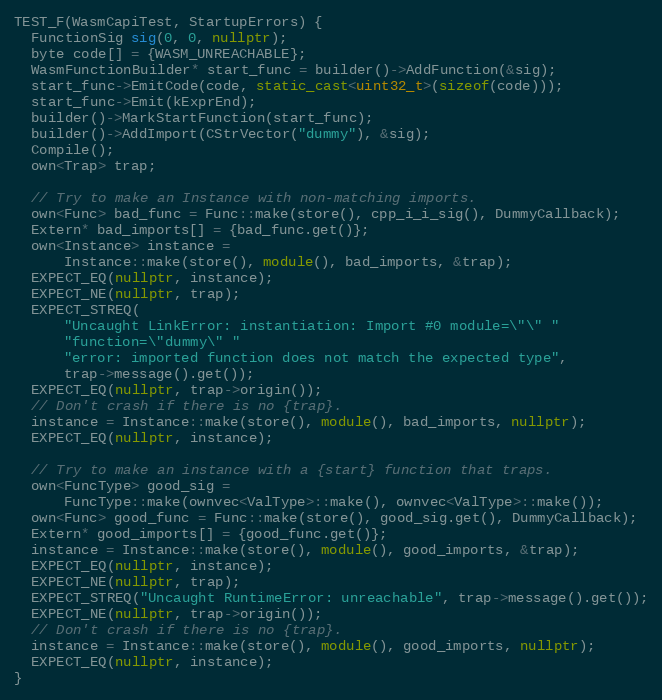
Language: C++
TEST_F(WasmCapiTest, StartupErrors) {
  FunctionSig sig(0, 0, nullptr);
  byte code[] = {WASM_UNREACHABLE};
  WasmFunctionBuilder* start_func = builder()->AddFunction(&sig);
  start_func->EmitCode(code, static_cast<uint32_t>(sizeof(code)));
  start_func->Emit(kExprEnd);
  builder()->MarkStartFunction(start_func);
  builder()->AddImport(CStrVector("dummy"), &sig);
  Compile();
  own<Trap> trap;

  // Try to make an Instance with non-matching imports.
  own<Func> bad_func = Func::make(store(), cpp_i_i_sig(), DummyCallback);
  Extern* bad_imports[] = {bad_func.get()};
  own<Instance> instance =
      Instance::make(store(), module(), bad_imports, &trap);
  EXPECT_EQ(nullptr, instance);
  EXPECT_NE(nullptr, trap);
  EXPECT_STREQ(
      "Uncaught LinkError: instantiation: Import #0 module=\"\" "
      "function=\"dummy\" "
      "error: imported function does not match the expected type",
      trap->message().get());
  EXPECT_EQ(nullptr, trap->origin());
  // Don't crash if there is no {trap}.
  instance = Instance::make(store(), module(), bad_imports, nullptr);
  EXPECT_EQ(nullptr, instance);

  // Try to make an instance with a {start} function that traps.
  own<FuncType> good_sig =
      FuncType::make(ownvec<ValType>::make(), ownvec<ValType>::make());
  own<Func> good_func = Func::make(store(), good_sig.get(), DummyCallback);
  Extern* good_imports[] = {good_func.get()};
  instance = Instance::make(store(), module(), good_imports, &trap);
  EXPECT_EQ(nullptr, instance);
  EXPECT_NE(nullptr, trap);
  EXPECT_STREQ("Uncaught RuntimeError: unreachable", trap->message().get());
  EXPECT_NE(nullptr, trap->origin());
  // Don't crash if there is no {trap}.
  instance = Instance::make(store(), module(), good_imports, nullptr);
  EXPECT_EQ(nullptr, instance);
}